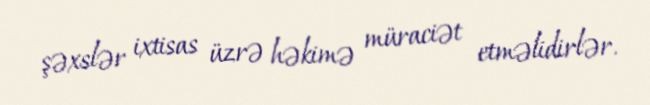
şəxslər ixtisas üzrə həkimə müraciət etməlidirlər.